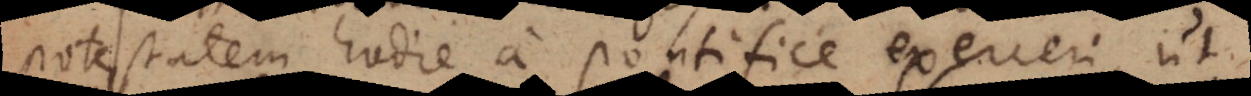
potestatem hodie a pontifice exerceri, ut